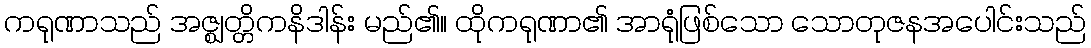
ကရုဏာသည် အဇ္ဈတ္တိကနိဒါန်း မည်၏။ ထိုကရုဏာ၏ အာရုံဖြစ်သော သောတုဇနအပေါင်းသည်